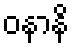
ဝနာနိ